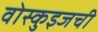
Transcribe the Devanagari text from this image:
वोस्कुइजची